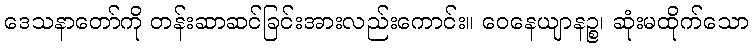
ဒေသနာတော်ကို တန်းဆာဆင်ခြင်းအားလည်းကောင်း။ ဝေနေယျာနဉ္စ၊ ဆုံးမထိုက်သော